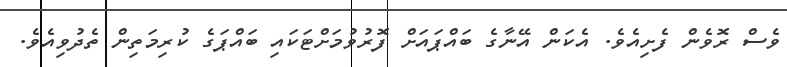
ވެސް ރޮވެން ފެށިއެވެ. އެކަން އޭނާގެ ބައްޕައަށް ފޮރުވުމަށްޓަކައި ބައްޕަގެ ކުރިމަތިން ތެދުވިއެވެ.